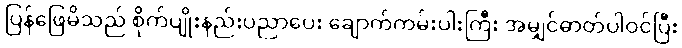
ပြန်ဖြေမိသည် စိုက်ပျိုးနည်းပညာပေး ချောက်ကမ်းပါးကြီး အမျှင်ဓာတ်ပါဝင်ပြီး